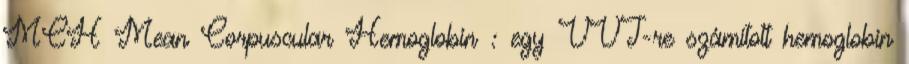
MCH Mean Corpuscular Hemoglobin : egy VVT-re számított hemoglobin